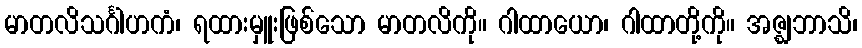
မာတလိသင်္ဂါဟကံ၊ ရထားမှူးဖြစ်သော မာတလိကို။ ဂါထာယော၊ ဂါထာတို့ကို။ အဇ္ဈဘာသိ၊